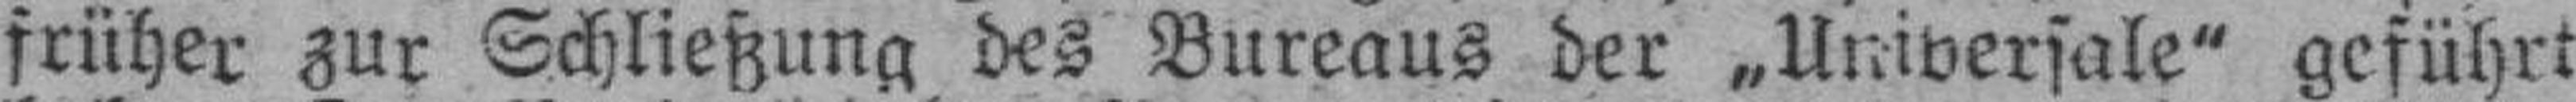
früher zur Schließung des Bureaus der „Universale" geführt